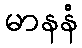
မာနနံ